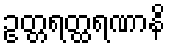
ဥတ္တရတ္ထရဏာနိ